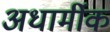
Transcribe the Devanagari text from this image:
अधार्मीक